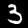
Digit: 3